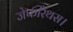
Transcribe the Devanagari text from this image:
जेफीरैंथस।